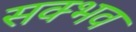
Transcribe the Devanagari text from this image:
सक्भव